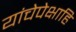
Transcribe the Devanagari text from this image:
यांचेपेक्षाहि